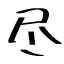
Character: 尽